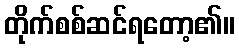
တိုက်စစ်ဆင်ရတော့၏။